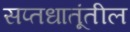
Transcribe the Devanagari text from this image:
सप्तधातूंतील